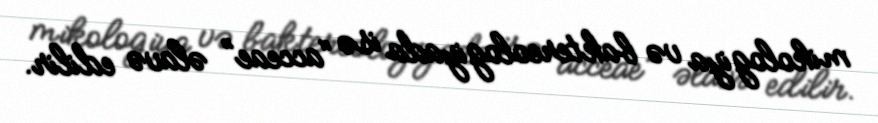
mikologiya və baktereologiyada isə “acceae” əlavə edilir.